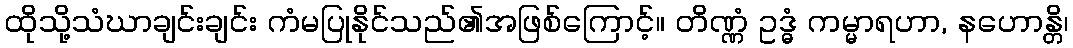
ထိုသို့သံဃာချင်းချင်း ကံမပြုနိုင်သည်၏အဖြစ်ကြောင့်။ တိဏ္ဏံ ဥဒ္ဓံ ကမ္မာရဟာ, နဟောန္တိ၊